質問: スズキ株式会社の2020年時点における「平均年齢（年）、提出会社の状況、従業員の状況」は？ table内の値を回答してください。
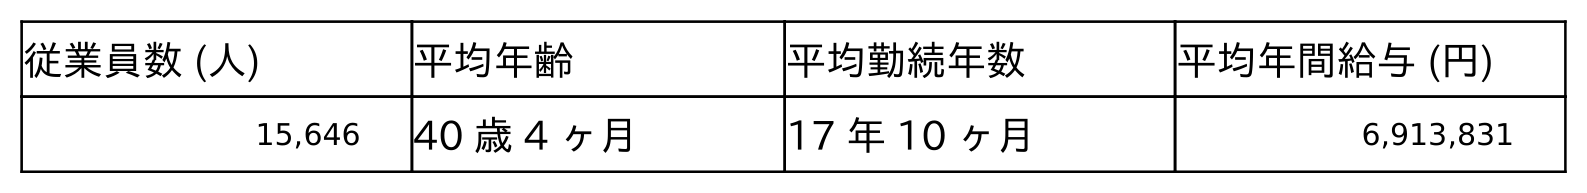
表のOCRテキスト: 従業員数 (人) 平均年齢 平均勤続年数 平均年間給与 (円) 15,646 40 歳 4 ヶ月 17 年 10 ヶ月 6,913,831
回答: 40歳4ヶ月